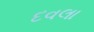
દવલા